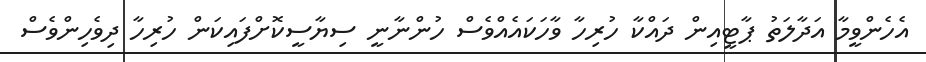
އެހެންވީމާ އަދާލަތު ޕާޓީއިން ދައްކާ ހުރިހާ ވާހަކައެއްވެސް ހުންނާނީ ސިޔާސީކޮށްފައިކަން ހުރިހާ ދިވެހިންވެސް